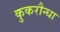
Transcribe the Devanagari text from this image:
कुकरौन्धा